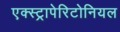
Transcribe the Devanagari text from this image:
एक्स्ट्रापेरिटोनियल